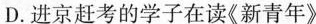
D.进京赶考的学子在读《新青年》